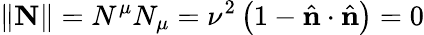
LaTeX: \| \mathbf{N}\| =N^{\mu}N_{\mu}=\nu^{2}\left(1-{\hat{\mathbf{n}}}\cdot{\hat{\mathbf{n}}}\right)=0